Scottish Certificate of Education, 1963
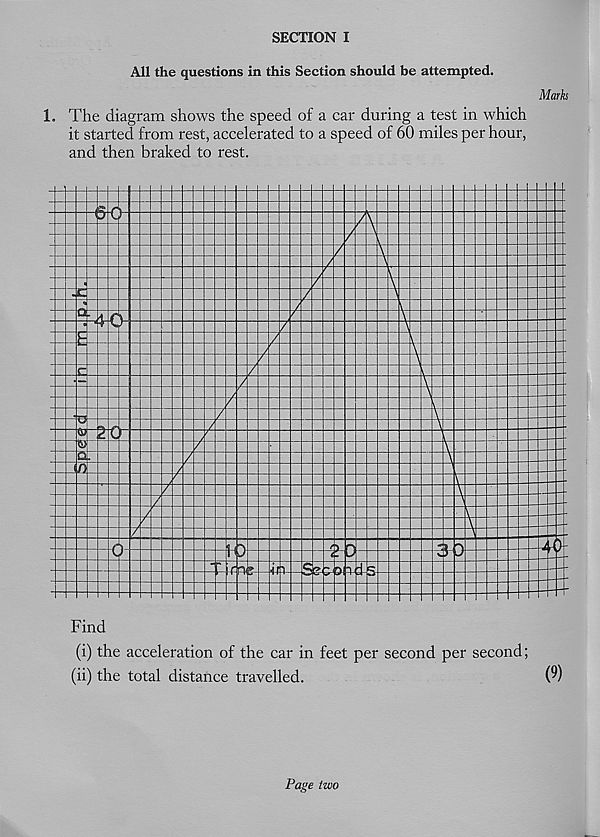
SECTION I
All the questions in this Section should be attempted.
Mark
1. The diagram shows the speed of a car during a test in which
it started from rest, accelerated to a speed of 60 miles per hour,
and then braked to rest.
(i) the acceleration of the car in feet per second per second;
(ii) the total distance travelled.
(9)
Page two